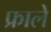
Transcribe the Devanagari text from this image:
फ्राले